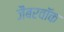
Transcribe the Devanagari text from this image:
जैबरवॉक